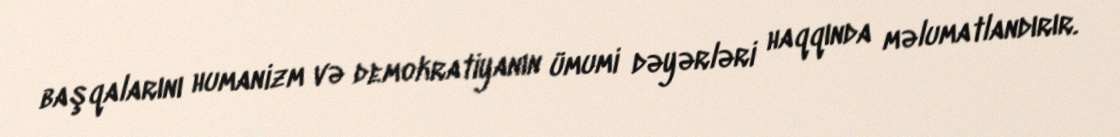
başqalarını humanizm və demokratiyanın ümumi dəyərləri haqqında məlumatlandırır.